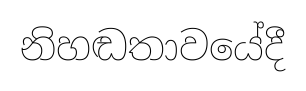
නිහඬතාවයේදී